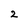
Character: 2